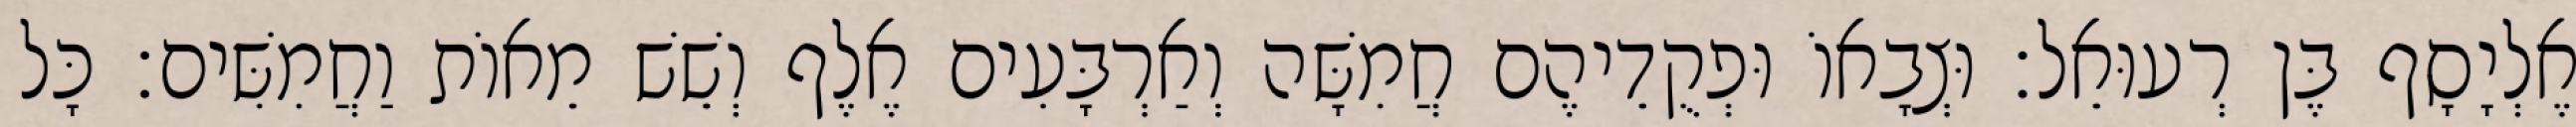
אֶלְיָסָף בֶּן רְעוּאֵל׃ וּצְבָאוֹ וּפְקֻדֵיהֶם חֲמִשָּׁה וְאַרְבָּעִים אֶלֶף וְשֵׁשׁ מֵאוֹת וַחֲמִשִּׁים׃ כָּל